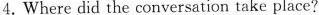
4. Where did the conversation take place?